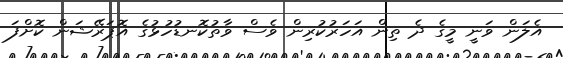
އެލަން ވަނީ މީގެ ދެ ތިން އަހަރުކުރިން ވެސް ވާތުކޮނޑުހުޅުގެ އޮޕަރޭޝަން ކޮށްފަ